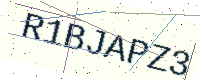
Text: R1BJAPZ3